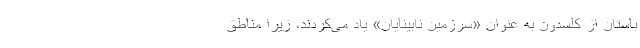
باستان از کلسدون به عنوان «سرزمین نابینایان» یاد می‌کردند، زیرا مناطق